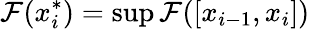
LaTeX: \mathcal{F}(x_{i}^{*})=\operatorname*{sup}\mathcal{F}([x_{i-1},x_{i}])